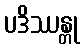
ပဒိဿန္တု